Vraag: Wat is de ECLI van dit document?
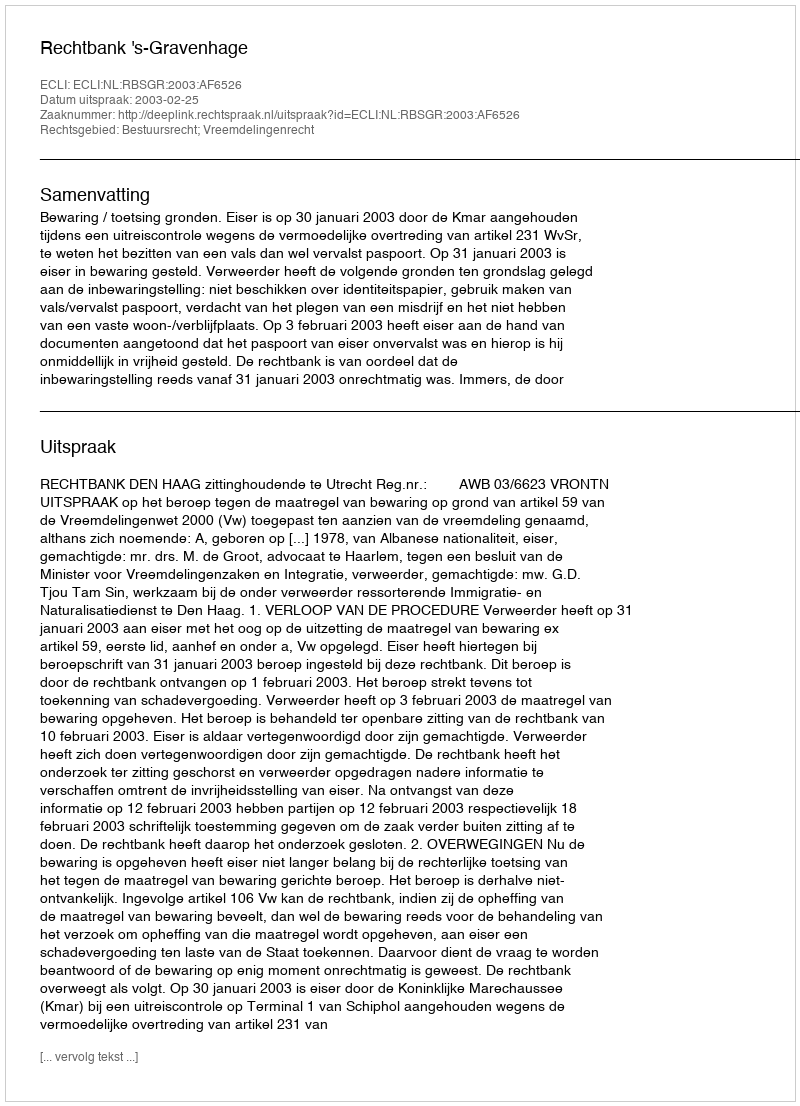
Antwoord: ECLI:NL:RBSGR:2003:AF6526